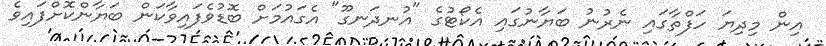
އިން މިދިޔަ ހަފްތާގައި ނެރުނު ބަޔާނުގައި އެކޯޓުގެ "އުނދަނގޫ" އެގައުމަށް ބޮޑުވެފައިވާކަން ބަޔާންކޮށްފައިވެ